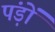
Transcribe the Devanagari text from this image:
पंड़ों